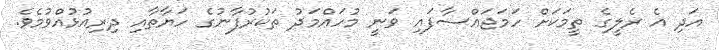
އަދި އެ ރެލީގެ ތީމަކަށް ހަމަޖައްސާފައި ވަނީ މުހައްމަދު ތަކުރުފާނުގެ ހަޔާތާއި ދިރިއުޅުއްވުމެވެ.